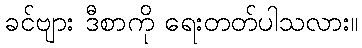
ခင်ဗျား ဒီစာကို ရေးတတ်ပါသလား။